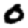
Digit: 0